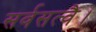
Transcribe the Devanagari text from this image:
सर्वसत्वै।